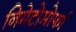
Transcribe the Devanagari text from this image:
निमेटोमोर्फा